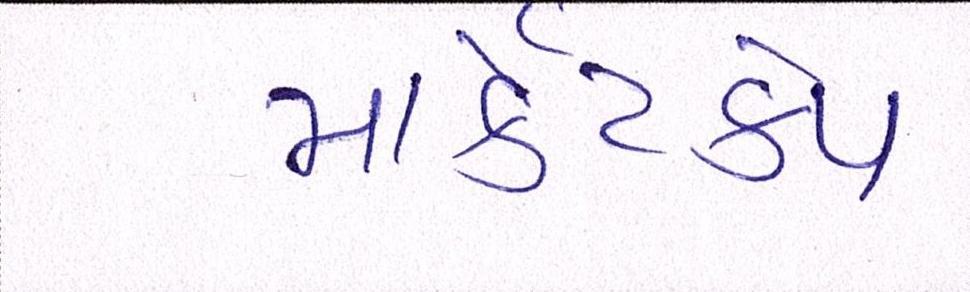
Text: માર્કેટકેપ